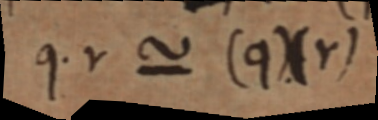
q. v ~ (q)(Y)